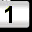
Digit: 1